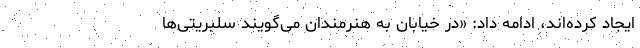
ایجاد کرده‌اند، ادامه داد: «در خیابان به هنرمندان می‌گویند سلبریتی‌ها